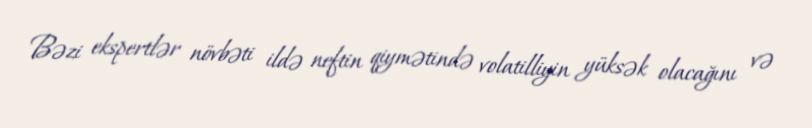
Bəzi ekspertlər növbəti ildə neftin qiymətində volatilliyin yüksək olacağını və